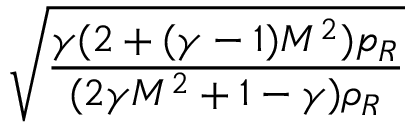
\sqrt { \frac { \gamma ( 2 + ( \gamma - 1 ) M ^ { 2 } ) p _ { R } } { ( 2 \gamma M ^ { 2 } + 1 - \gamma ) \rho _ { R } } }